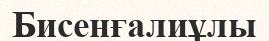
Бисенғалиұлы